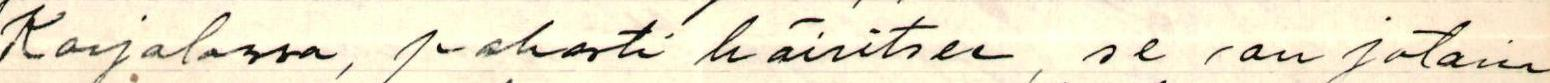
Karjalassa, pahasti häiritsee, se /on jotain